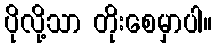
ပိုလို့သာ တိုးစေမှာပါ။